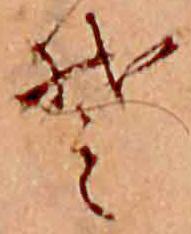
そ